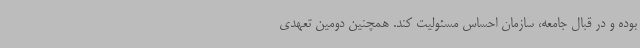
بوده و در قبال جامعه، سازمان احساس مسئولیت کند. همچنین دومین تعهدی